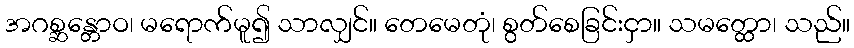
အဂစ္ဆန္တောဝ၊ မရောက်မူ၍ သာလျှင်။ တေမေတုံ၊ စွတ်စေခြင်းငှာ။ သမတ္ထော၊ သည်။